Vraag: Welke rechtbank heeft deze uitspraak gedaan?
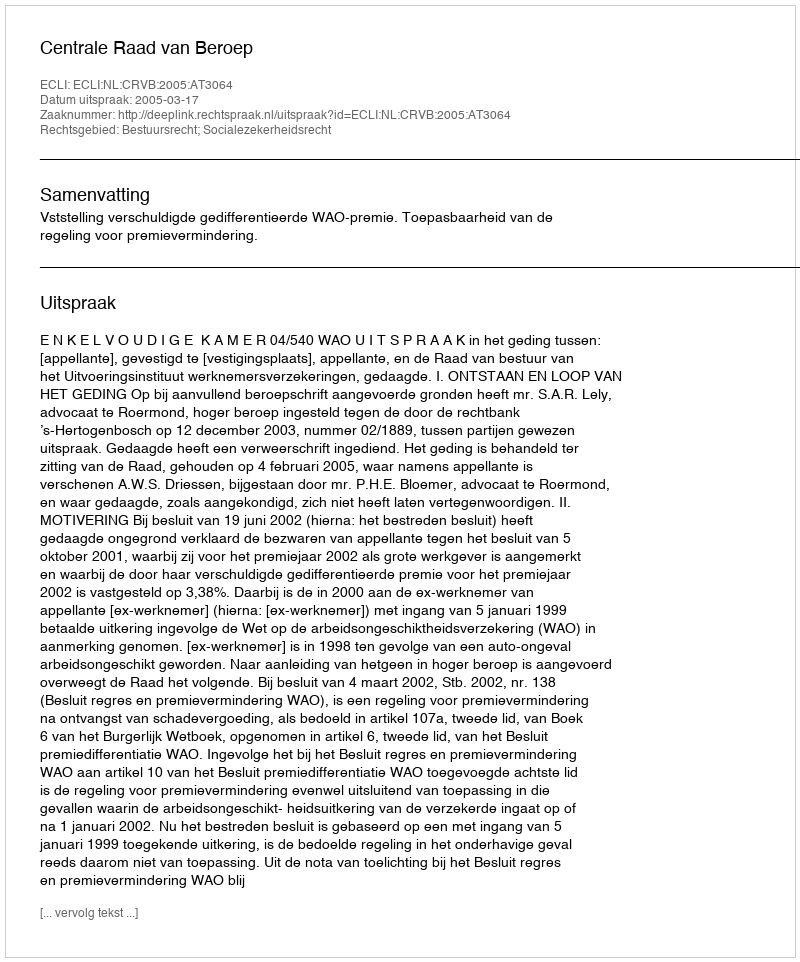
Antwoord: Centrale Raad van Beroep